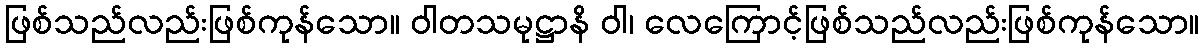
ဖြစ်သည်လည်းဖြစ်ကုန်သော။ ဝါတသမုဋ္ဌာနိ ဝါ၊ လေကြောင့်ဖြစ်သည်လည်းဖြစ်ကုန်သော။